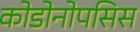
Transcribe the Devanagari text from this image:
कोडोनोपसिस